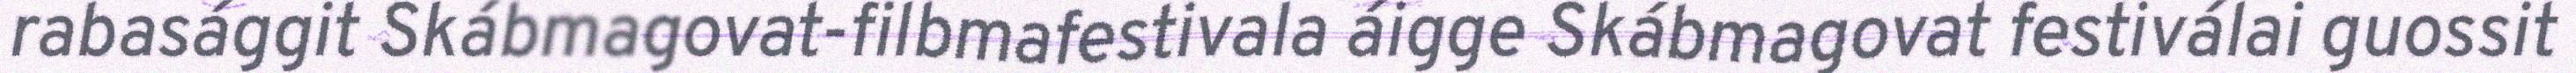
rabasággit Skábmagovat-filbmafestivala áigge Skábmagovat festiválai guossit